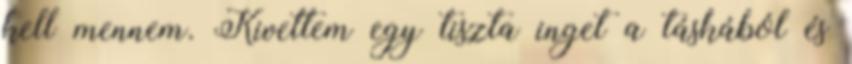
kell mennem. Kivettem egy tiszta inget a táskából és